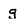
Character: g